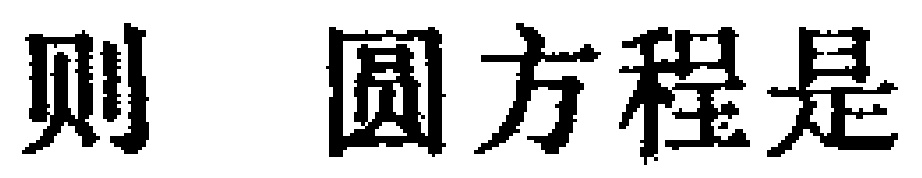
则 圆方程是